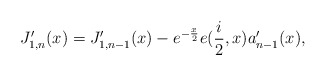
\begin{align*}J_{1,n}^{\prime}(x)=J_{1,n-1}^{\prime}(x)-e^{-\frac{x}{2}}e(\frac{i}{2},x)a_{n-1}^{\prime}(x), \end{align*}